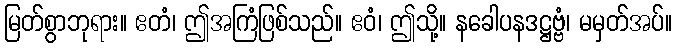
မြတ်စွာဘုရား။ ဧတံ၊ ဤအကြံဖြစ်သည်။ ဧဝံ၊ ဤသို့။ နခေါပနဒဋ္ဌဗ္ဗံ၊ မမှတ်အပ်။